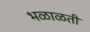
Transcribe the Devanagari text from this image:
भळाळती